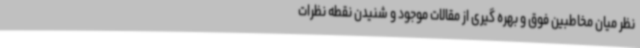
نظر میان مخاطبین فوق و بهره گیری از مقالات موجود و شنیدن نقطه نظرات